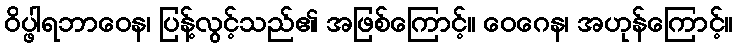
ဝိပ္ဖါရဘာဝေန၊ ပြန့်လွင့်သည်၏ အဖြစ်ကြောင့်။ ဝေဂေန၊ အဟုန်ကြောင့်။